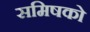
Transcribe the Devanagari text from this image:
समिषको